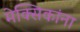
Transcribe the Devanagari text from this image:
मेक्सिकांना